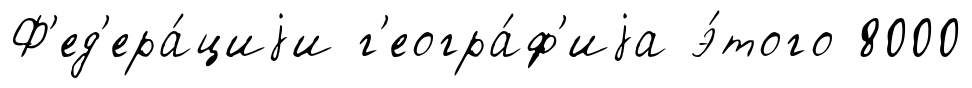
Ф'ед'ера́циjи г'еогра́ф'иjа э́того 8000